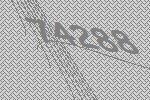
74288